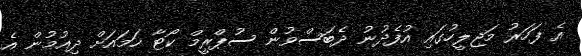
އެ ފަހަރު މަޖިލީހުގައި އުފެދުނު ދެބަސްވުން ސުޕްރީމް ކޯޓާ ހަމައަށް ދިއުމުން އެ